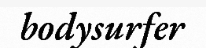
bodysurfer